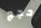
حجج